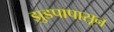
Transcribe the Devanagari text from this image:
झुडपापासून